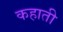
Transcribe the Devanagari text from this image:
कहाती